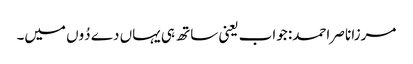
مرزا ناصر احمد: جواب یعنی ساتھ ہی یہاں دے دُوں میں۔